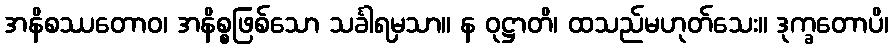
အနိစဿတောဝ၊ အနိစ္စဖြစ်သော သင်္ခါရမှသာ။ န ဝုဋ္ဌာတိ၊ ထသည်မဟုတ်သေး။ ဒုက္ခတောပိ၊